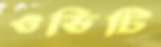
ওডিটি